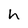
Character: h